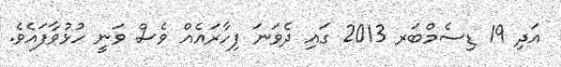
އަދި 19 ޑިސެމްބަރ 2013 ގައި ދެވަނަ ފިހާރައެއް ވެސް ވަނީ ހުޅުވާފައެވެ.